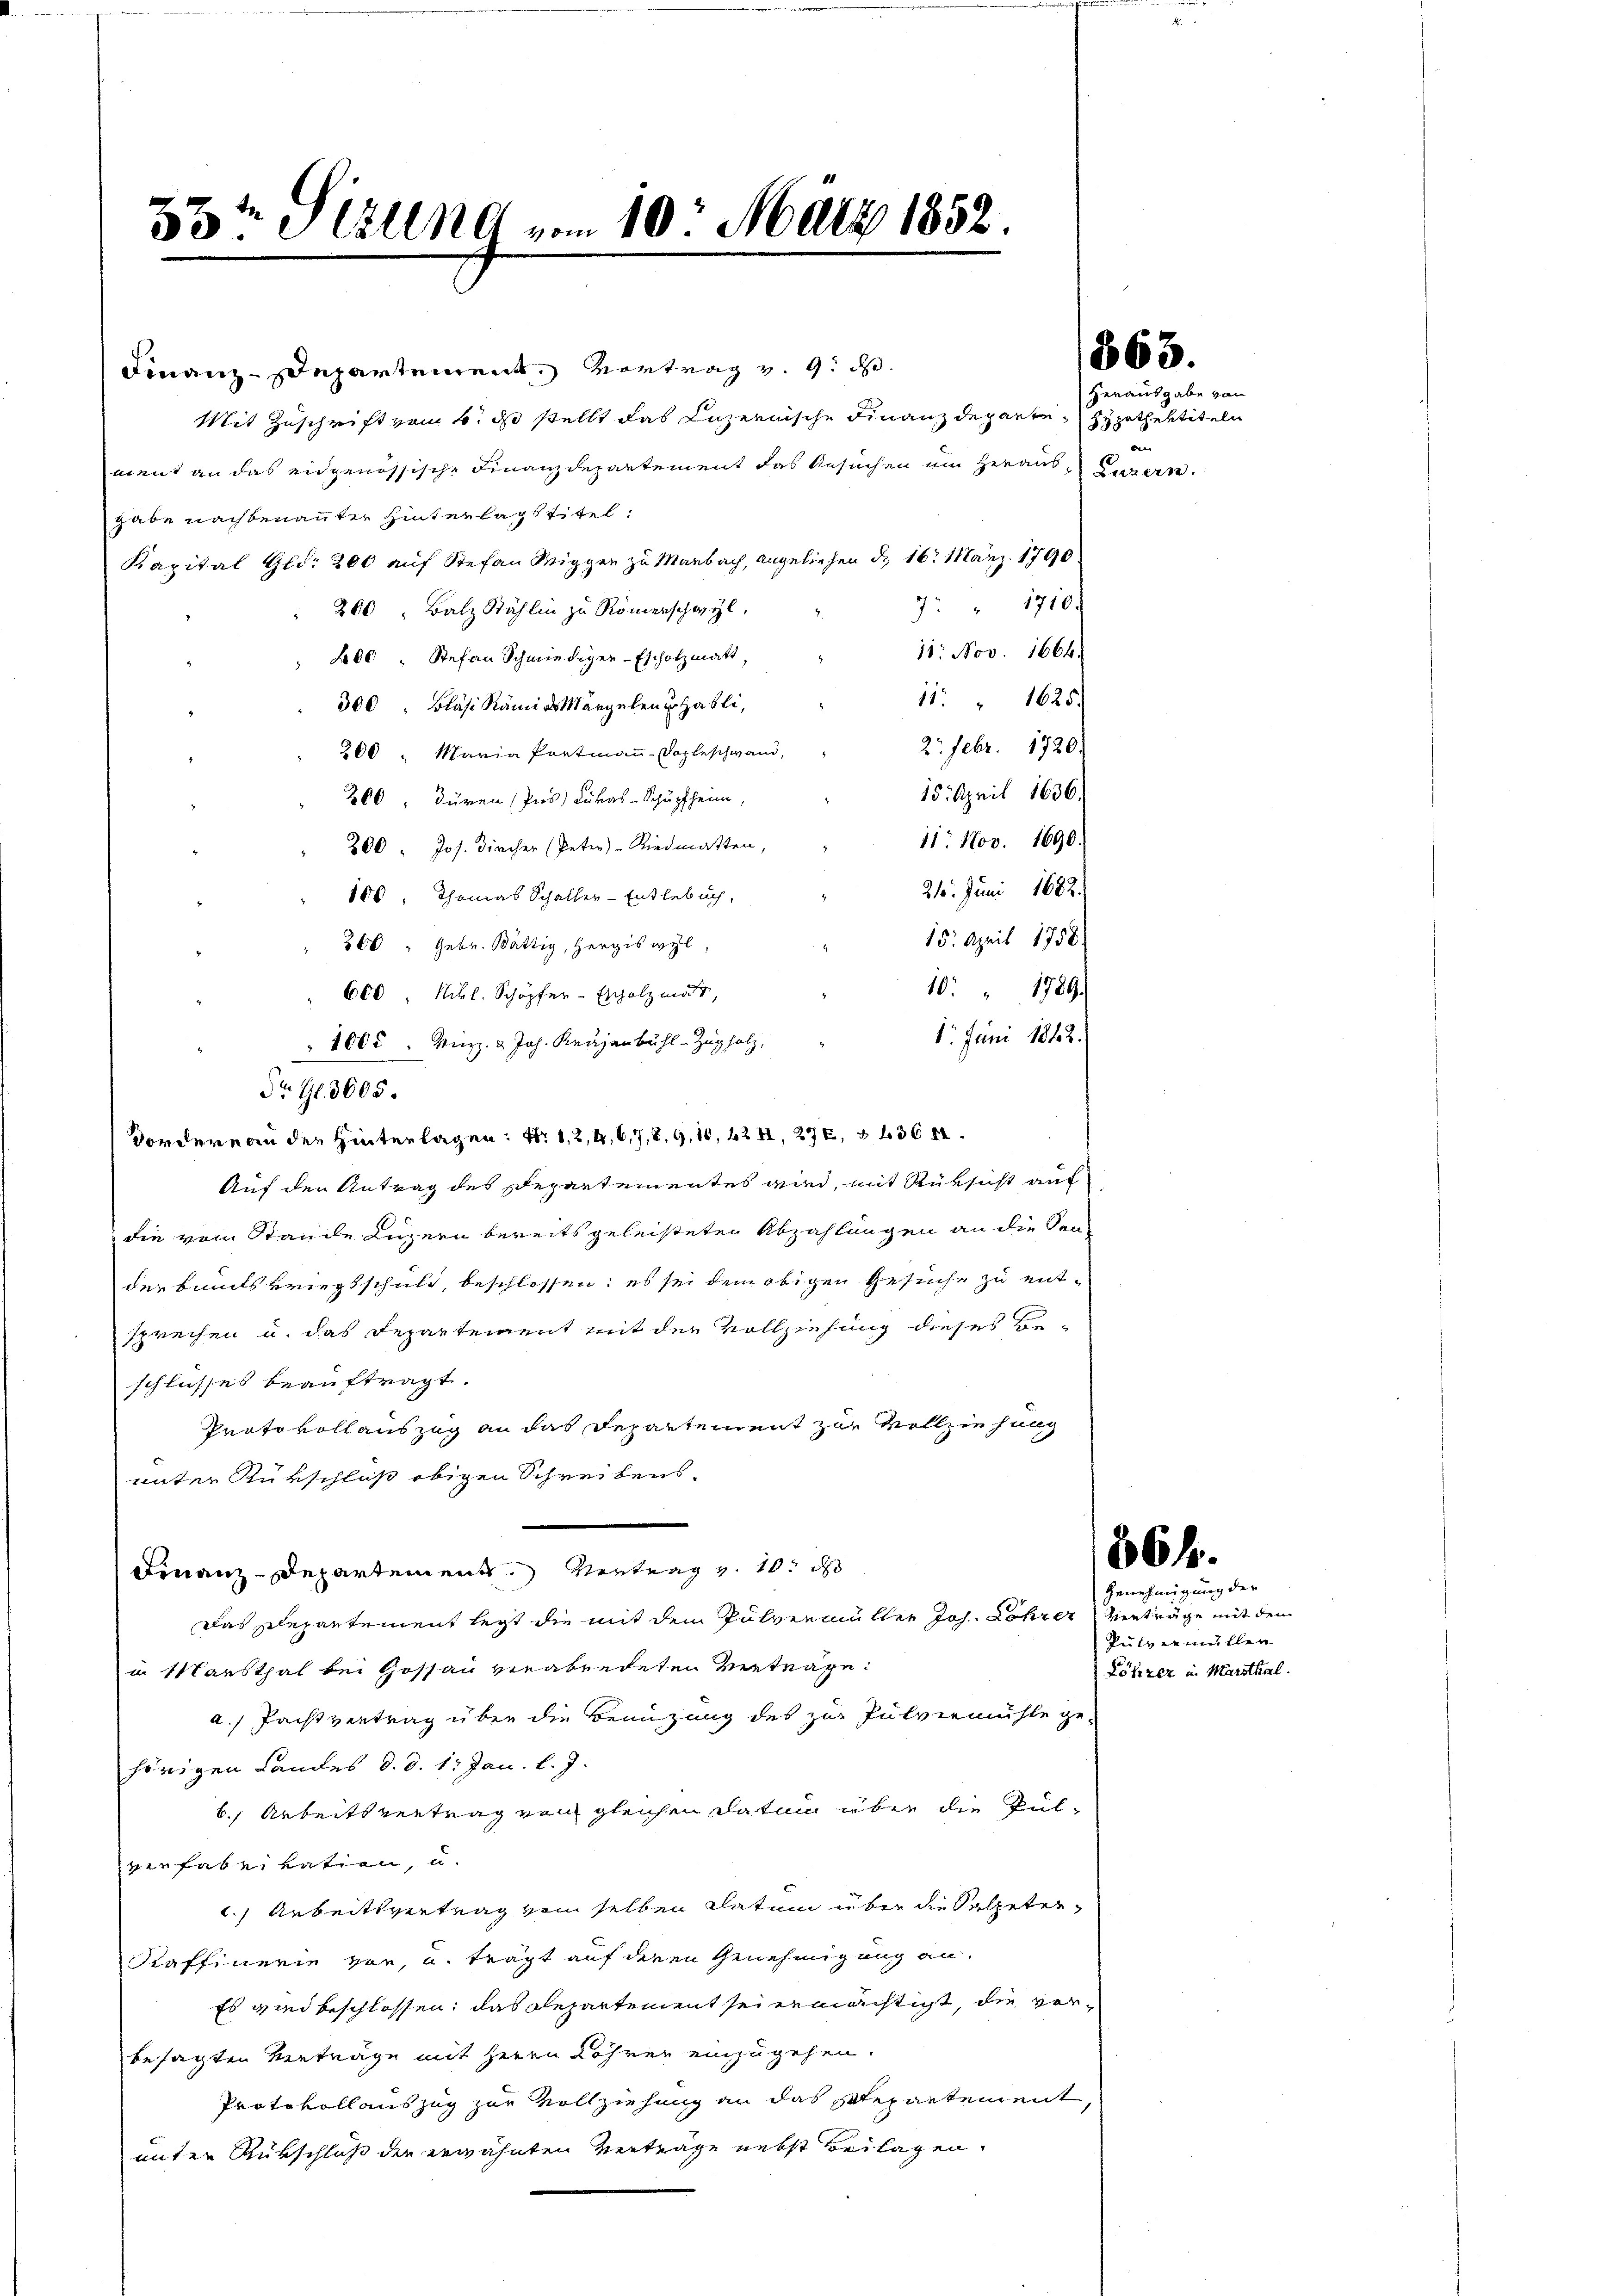
33t Serung vom 10. März 1852.

Finanz-Departement, Vortrag v. 9. d.
Mit Zuschrift vom 4. ds stellt das Luzernische Finanzdeparte Hypothektiteln
ment an das eidgenössische Finanzdepartement das Gesuchen um Herausgabe nachbenannter Hinterlass Titel:
Kapital Gld. 200 auf Stefan Wiggen zu Marbach, angeliehen d. 16. März 1790
7 " 1710.
200 " Balz Stählen zu Römerschwyl
11. Nov. 1664.
Lbl. Stefan Schmiediger-Escholzmatt,
11 " 1625.
300, Bläsi Rämias Mängelen erhasli,
21. Febr. 1720.
200 " Maria Portmann-Vopleschwand,
15. April 1636.
260, Düren (Pns) Lukas-Schüpfheim,
11. Nov. 1690.
200 " Jos. Dircher (Peter) - Riedmatten,
210. Juni 1882.
100 Thomas Schaller-Entlebuch,
15. April 1788.
260 " Gebr. Bättig, Hergiswyl,
10 " 1789.
600 Rbl. Schöpfer-Escholzmat,
1. Juni 1842.
1005 " Minz. & Joh. Kragenbühl-Zugholz,
Dr G. 3000.
Vordereau den Hinterlagen: No 1, 2, 4, 6, 7, 8. 9, 10, 42 II, 276, 3 f 36 x
Auf den Antrag des Departementes wird, mit Rüksicht auf
die vom Stande Luzern bereits geleisteten Abzahlungen an die Sen-
derbants kriegsschuld, beschlossen; es sei dem obigen Gesuche zu entsprechen u. das Separteigent mit der Vollziehung dieses Be-
schlusses beauftragt.
Protokoll auszug an das Departement zur Vollziehung
unter Rutschluß obigen Schreibens,
Finanz-Departement Vertrag v. 10. d
Das Polepartement legt die mit dem Pulvermüller Joh. Lohrer Verträge mit den
in Marthal bei Gossau verabredeten vertrage:
a) Pachtvertrag über die Benüzung des zur Pulvermühle ge-
hörigen Landes d. d. 1. Jan. l. J.
b. Arbeitsvertrag von gleichen Datum über die Pulverfabrikation, u.
l. Arbeitsvertrag von selben datum über die Salpeter,
Raffinerin vor, u. tragt auf deren Genehmigung an,
Es gernd beschlossen, das Repartement sei ermächtigt, die vorbesagten Verträge mit Herrn Röhren einzugehen.
Protokollauszug zur Vollziehung an das Stepartement,
unter Rükschluß der erwähnten Verträge nebst Beilagen.

1863.

Herausgabe von
u
0
Bittern

Putzenmüller
Löhrer in Marthal.

86 f.
Genehmigung der